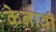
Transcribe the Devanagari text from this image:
केनावी